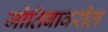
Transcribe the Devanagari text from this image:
जोतिबावरील